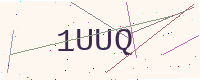
Text: 1UUQ